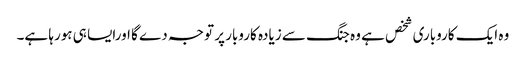
وہ ایک کاروباری شخص ہے وہ جنگ سے زیادہ کاروبار پر توجہ دے گا اورایسا ہی ہورہا ہے۔